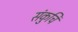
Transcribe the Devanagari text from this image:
संकुचि